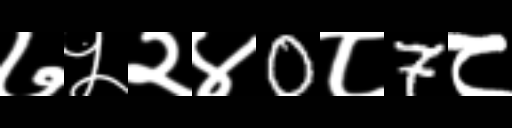
Text: ७५२४0८7८